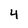
Character: 4